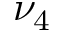
\nu _ { 4 }